Annual statistical returns and brief notes on vaccination in Bengal - 1887-1898
Year: 1887
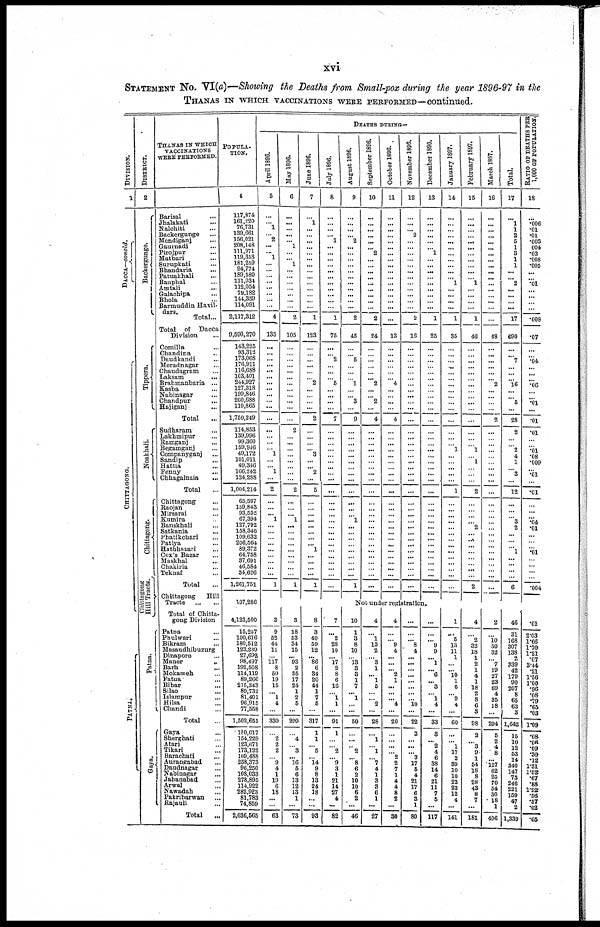
xvi
STATEMENT NO. VI(a)—Showing the Deaths from Small-pox during the year 1896-97 in the
THANAS IN WHICH VACCINATIONS WERE PERFORMED—continued.
DIVISION.
1
DACCA—concld
CHITTAGONG.
PATNA.
DISTRICT.
2
Backergunge.
Tippera.
Noakhali.
Chittagong.
Chittagong
Hill Tracts.
Patna.
Gaya.
THANAS IN WHICH
VACCINATIONS
WERE PERFORMED.
Barisal ...
Jhalakati ...
Nalchiti ...
Backergunge ...
Mendiganj ...
Gaurnadi ...
Pirojpur ...
Matbari ...
Surupkati ...
Bhandaria ...
Patuakhali ...
Bauphal ...
Amtali
...
Galachipa ...
Bhola ...
Barmuddin Havil-
dars.
Total...
Total
of
Dacca
Division ...
Comilla ...
Chandina ...
Daudkandi ...
Moradnagar ...
Chaudagram ...
Laksam ...
Brahmanbaria ...
Kasba ...
Nabinagar ...
Chandpur ...
Hajiganj ...
Total ...
Sudharam ...
Lakhmipur ...
Ramganj ...
Begamganj ...
Companyganj ...
Sandip ...
Hattia ...
Fenny ...
Chhagalnaia
...
Total
...
Chittagong ...
Raojan ...
Mirsarai ...
Kumira ...
Banskhali ...
Satkania ...
Phatikchari ...
Patiya ...
Hathhazari ...
Cox's Bazar ...
Maskhal ...
Chakiria ...
Teknaf ...
Total ...
Chittagong
Hill
Tracts
...
...
Total of Chitta-
gong Division
Patna ...
Phulwari ...
Bikram ...
Masaudhibuzurg
Dinapore ...
Maner
...
Barh ...
Mokameh ...
Fatua ...
Bihar ...
Silao ...
Islampur ...
Hilsa ...
Chandi ...
Total ...
Gaya ...
Sherghati ...
Atari ...
Tikari ...
Barachati ...
Aurangabad ...
Daudnagar ...
Nabinagar ...
Jahanabad ...
Arwal ...
Nawadah ...
Pakribarwan ...
Rajauli ...
Total ...
POPULA-
TION.
4
117,874
161,220
76,731
189,661
156,021
208,148
111,971
119,353
181,259
94,774 189,580
111,034 112,054 79,182 144,359 114,091
2,117,312
9,590,270
143,225
93,312
173,068
176,911
116,688
103,401
244,927
127,318
199,846
260,688
110,865
1,750,249
114,853
139,996
99,360
159,946
49,172 101,011
49,346
166,242
124,288
1,004,214
65,597
159,843
93,552
67,394
127,792
158,346
109,632
206,564
89,372
64,758
37,691
46,584
34,626
1,261,751
107,286
4,123,500
15,257
100,616
180,512
123,239
27,692
98,497
192,508
114,119
89,266
215,343
89,732
81,401
96,915
77,558
1,502,655
180,017
154,229
123,671
173,122
109,488
258,373
96,250
108,033
278,895
114,922
282,923
81,783
74,859
2,036,565
DEATHS DURING—
April 1896.
5
...
...
1
...
2
...
... 1
...
...
...
... ...
...
...
...
4
135
...
...
...
...
...
...
...
...
...
...
...
...
...
...
...
...
...
...
...
1
...
2
...
...
... 1
...
...
...
...
...
...
...
...
...
1
May 1896.
6
...
...
...
...
... 1
...
... 1
...
...
...
...
...
...
...
2
105
...
...
...
...
...
...
...
...
...
...
...
...
2
...
...
...
...
...
...
...
...
2
...
...
... 1
...
...
...
...
...
...
...
...
...
1
June 1896.
7
...
1
...
... ...
...
...
...
...
...
...
...
...
...
...
...
1
123
...
...
...
...
...
... 2
...
...
...
...
2
...
...
...
... 3
...
... 2
...
5
...
...
...
...
...
...
...
... 1
...
...
...
...
1
Jul y 1896.
8
...
...
...
... 1
...
...
...
...
...
...
...
...
...
...
...
1
75
...
... 2
...
...
... 5
...
...
...
...
7
...
...
...
...
...
...
...
...
...
...
...
...
...
...
...
...
...
...
...
...
...
...
...
...
August 1896.
9
...
...
...
...
2
...
...
...
...
...
...
...
...
...
...
...
2
45
...
... 5
...
...
...
1
...
...
3
...
9
...
...
... ...
... ...
...
...
...
...
...
...
... 1
...
...
...
...
...
...
...
...
...
1
September 1896.
10
...
...
...
...
...
... 2
...
...
...
...
...
...
...
...
...
2
24
...
...
...
...
...
... 2
...
...
2
...
4
...
...
...
...
...
...
...
...
...
...
...
...
...
...
...
...
...
...
...
...
...
...
...
...
October 1896.
11
...
...
...
... ...
...
...
...
...
...
...
...
...
...
...
...
...
13
...
...
...
...
...
... 4
...
...
...
...
4
...
...
...
...
... ...
...
...
...
...
...
...
...
...
...
...
...
...
...
...
...
...
...
...
November 1896.
12
...
...
... 2
...
...
...
...
...
...
...
...
...
...
...
...
2
16
...
...
...
...
...
...
...
...
...
...
...
...
...
...
...
...
...
...
...
...
...
...
...
...
...
...
...
...
...
...
...
...
...
...
...
...
December 1896.
13
...
...
...
...
...
... 1
...
... ...
...
...
...
...
...
...
1
25
...
...
...
...
...
...
...
...
...
...
...
...
...
...
...
...
...
...
...
...
...
...
...
...
...
...
...
...
...
...
...
...
...
...
...
...
January 1897.
14
...
...
...
...
...
...
...
...
...
...
... 1
...
...
...
...
1
35
...
...
...
...
...
...
...
...
...
...
...
...
...
...
... 1
...
...
...
...
...
1
...
...
...
...
...
...
...
...
...
...
...
...
...
...
February 1897.
15
...
...
...
...
...
...
...
...
...
...
...
1
...
...
...
...
1
46
...
...
...
...
...
...
...
...
...
...
...
...
...
...
...
1
... 1
...
...
...
2
...
...
...
... 2
... ...
...
...
...
...
...
...
2
March 1897.
16
...
...
...
...
...
...
...
...
... ...
...
...
...
...
...
...
...
48
...
...
...
...
...
... 2
...
...
...
...
2
...
...
...
...
...
...
...
...
...
...
...
...
...
...
...
...
...
...
...
...
...
...
...
...
Total.
17
...
1
1
2
6
1
3
1
1
...
... 2
...
...
...
...
17
690
...
... 7
...
...
... 16
...
...
5
...
28
2
...
...
2
4
1
...
3
...
12
...
...
... 3
2
...
... ...
1
...
... ...
...
6
R ATIO OF DEATHS PER
1,000 OF POPULATION
18
...
.006
.01
.01
.003
.004
.02
.008
.005
...
...
.01
...
...
...
...
.008
.07
...
... .04
...
...
... .06
...
...
.01
...
.01
.01
...
...
.01
.08
.009
...
.01
...
.01
...
...
...
.04
.01
...
...
...
.01
...
...
...
...
.004
Not under registration.
3
9
52
44
11
...
117
8
50
19
15
...
1
4
...
330
...
2
2
2
...
9
4
1
19
6
18
...
...
63
3
18
53
34
15
...
93
2
35
17
24
1
2
5
...
299
...
4
...
3
... 16
5
6
13
12
13
1
...
73
8
3
40
59
12
... 86
6
34
20
44
1
7
5
...
317
1
1
... 5
... 14
9
8
13
24
18
...
...
93
7
...
2
28
10
... 17
2
8
6
16
... 1
1
...
91
1
...
... 2
... 9
3
1
21
14
27
4
...
82
10
1
3
8
10
...
13
3
3
1
7
... 1
...
...
50
...
...
...
2
... 8
6
2
10
10
6
2
...
46
4
...
1
13
2
...
3
1
... 1
5
...
... 2
...
28
...
1
... 1
... 7
4
1
3
3
6
1
...
27
4
...
... 9
4
...
...
... 2
1
...
...
... 4
...
20
...
...
...
...
2
2
7
1
4
4
8
2
...
30
...
...
... 8
4
...
...
...
...
...
...
...
...
10
...
22
3
...
...
... 3
17
5
4
21
17
6
3
1
80
...
...
... 9
9
... 1
... 6
... 3
... 1
4
...
33
3
... 2
4
6
38
14
6
21
11
7
5
...
117
1
...
5
13
11
1
...
... 10
1
6
...
9
4
...
60
...
...
1
17
2
39
10
10
23
23
12
4
...
141
4
...
2
32
18
1
2
1
4
1
18
2
8
6
3
98
2
...
3
9
1
54
18
8
28
43
8
7
...
181
2
...
10
50
32
...
7
19
27
23
69
4
35
18
...
294
5
2
4
8
...
127
62
25
70
54
30
18
1
406
46
31
168
307
138
2
339
42
179
90
207
8
65
63
3
1,642
15
10
12
63
14
340
147
73
246
221
159
47
2
1,339
.01
2.03
1.66
1.70
1.21
.07
3.44
.21
1.56
1.00
.96
.08
.79
.65
.03
1.09
.08
.06
.09
.30
.12
1.31
1.52
.67
.88
1.92
.56
.57
.02
.65